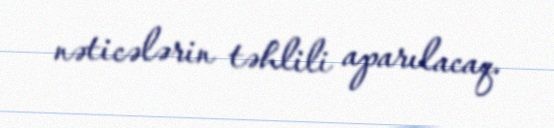
nəticələrin təhlili aparılacaq.